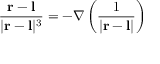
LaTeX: { \frac { \mathbf { r } - \mathbf { l } } { | \mathbf { r } - \mathbf { l } | ^ { 3 } } } = - \nabla \left( { \frac { 1 } { | \mathbf { r } - \mathbf { l } | } } \right)